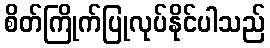
စိတ်ကြိုက်ပြုလုပ်နိုင်ပါသည်